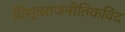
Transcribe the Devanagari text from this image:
विश्वराजनीतिकविद